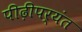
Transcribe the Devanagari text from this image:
पीढ़ीपर्यंत